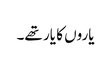
یاروں کا یار تھے۔